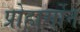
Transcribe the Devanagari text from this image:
प्रोहार्मोन